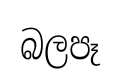
බලපෑ